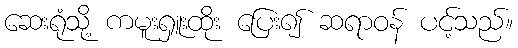
ဆေးရုံသို့ ကမူးရှူးထိုး ပြေး၍ ဆရာဝန် ပင့်သည်။